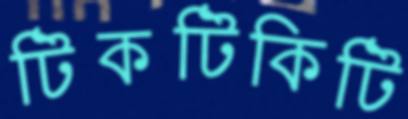
টিকটিকিটি